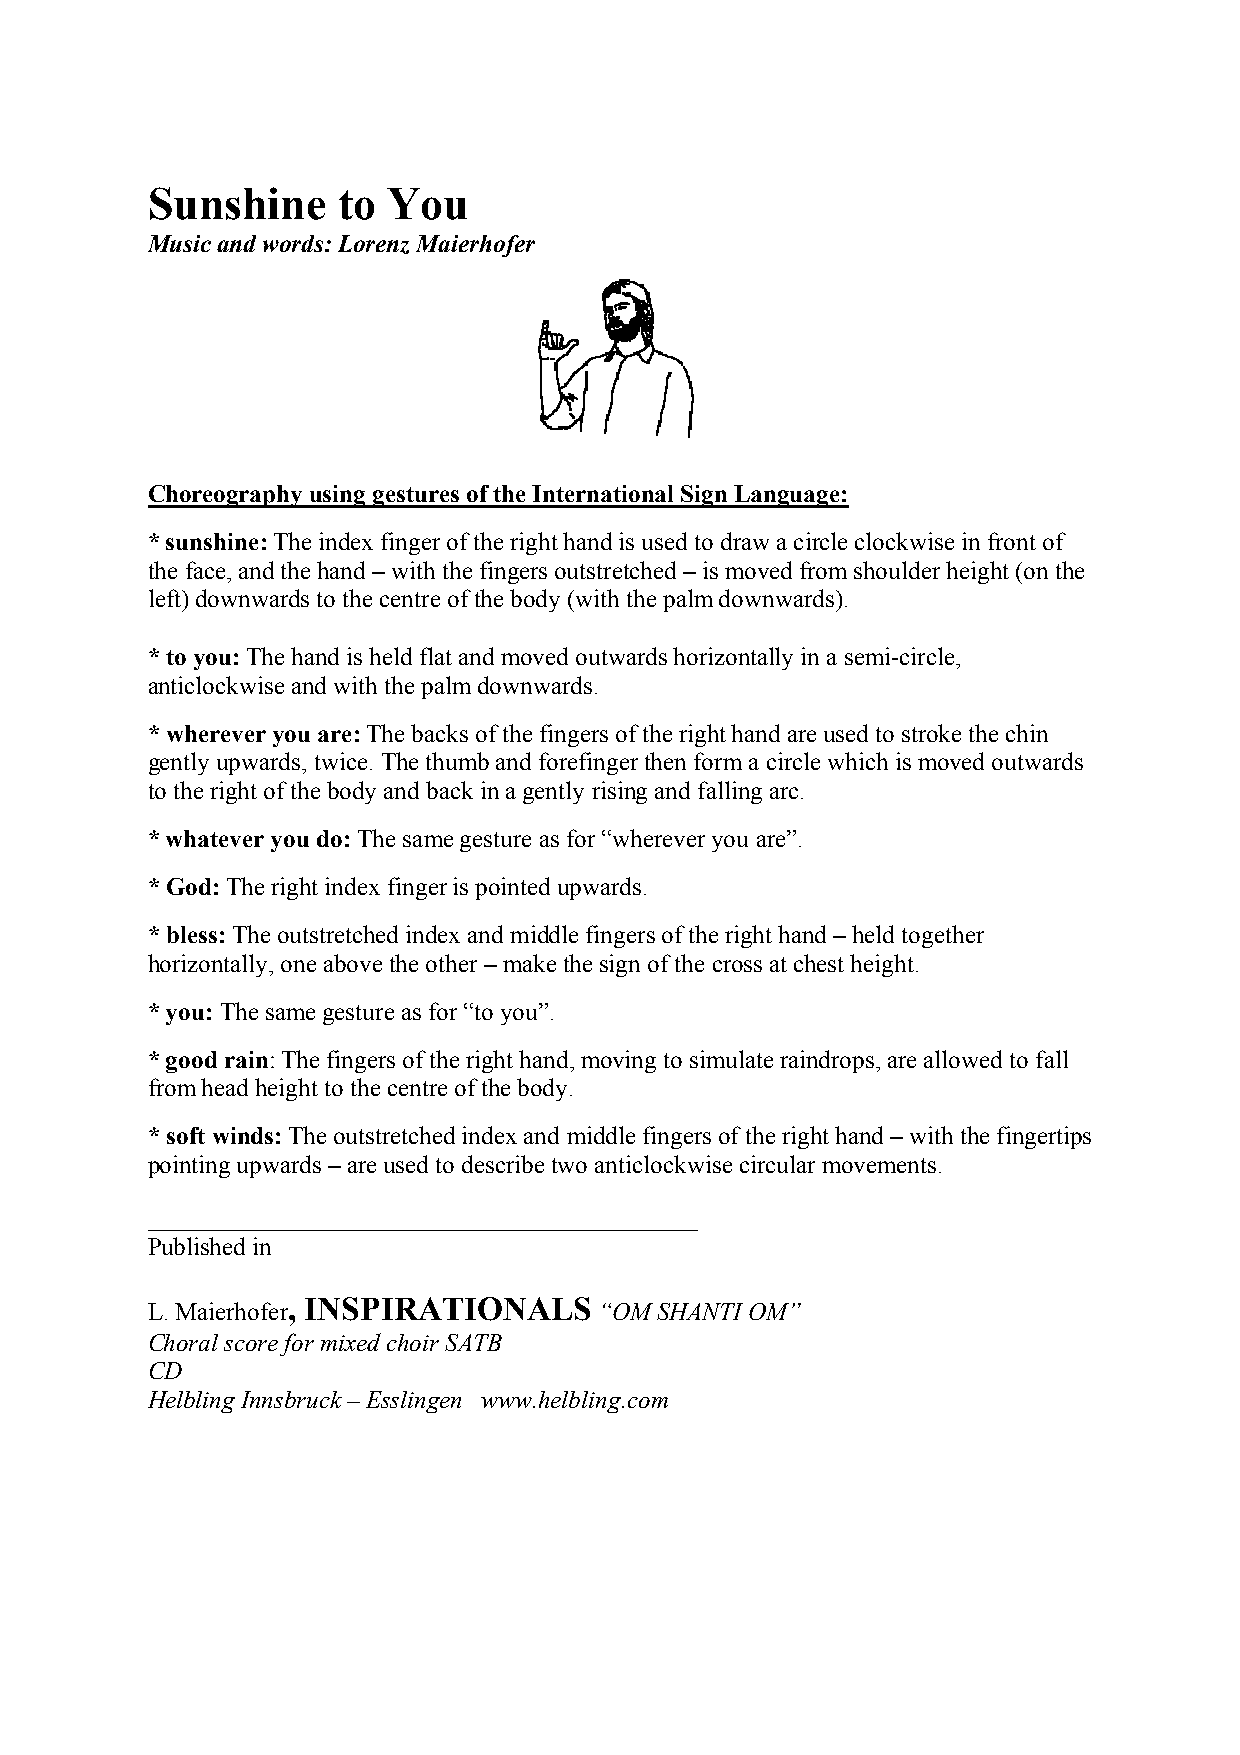
Sunshine    to  You
 Music and words: Lorenz Maierhofer
 Choreography using gestures of the International Sign Language:
 * sunshine: The index finger of the right hand is used to draw a circle clockwise in front of
 the face, and the hand – with the fingers outstretched – is moved from shoulder height (on the
 left) downwards to the centre of the body (with the palm downwards).
 * to you: The hand is held flat and moved outwards horizontally in a semi-circle,
 anticlockwise and with the palm downwards.
 * wherever you are: The backs of the fingers of the right hand are used to stroke the chin
 gently upwards, twice. The thumb and forefinger then form a circle which is moved outwards
 to the right of the body and back in a gently rising and falling arc.
 * whatever you do: The same gesture as for “wherever you are”.
 * God: The right index finger is pointed upwards.
 * bless: The outstretched index and middle fingers of the right hand – held together
 horizontally, one above the other – make the sign of the cross at chest height.
 * you: The same gesture as for “to you”.
 * good rain: The fingers of the right hand, moving to simulate raindrops, are allowed to fall
 from head height to the centre of the body.
 * soft winds: The outstretched index and middle fingers of the right hand – with the fingertips
 pointing upwards – are used to describe two anticlockwise circular movements.
 ____________________________________________
 Published in
 , INSPIRATIONALS
 L. Maierhofer                 “OM SHANTI OM”
 Choral score for mixed choir SATB
 CD
 Helbling Innsbruck – Esslingen www.helbling.com